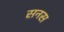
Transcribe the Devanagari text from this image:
सनस